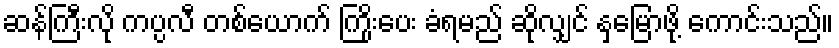
ဆန်ကြီးလို ကပ္ပလီ တစ်ယောက် ကြိုးပေး ခံရမည် ဆိုလျှင် နှမြောဖို့ ကောင်းသည်။